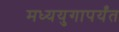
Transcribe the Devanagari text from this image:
मध्ययुगापर्यंत